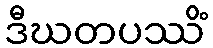
ဒီဃတပဿိံ